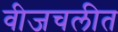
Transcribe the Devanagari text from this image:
वीजचलीत